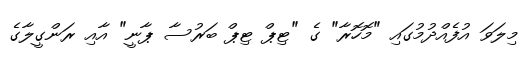
މިލަވަ އުފެއްދުމުގައި "މޮހޮރާ" ގެ "ޓިޕް ޓިޕް ބަރުސާ ޕާނީ" އާއި ރަންގީލާގެ